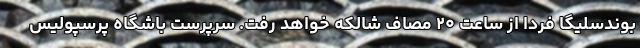
بوندسلیگا فردا از ساعت ۲۰ مصاف شالکه خواهد رفت. سرپرست باشگاه پرسپولیس